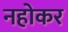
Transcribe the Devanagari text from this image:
नहोकर